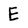
Character: E